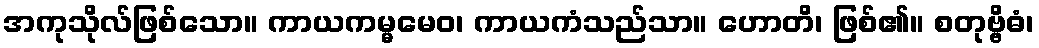
အကုသိုလ်ဖြစ်သော။ ကာယကမ္မမေဝ၊ ကာယကံသည်သာ။ ဟောတိ၊ ဖြစ်၏။ စတုဗ္ဗိဓံ၊